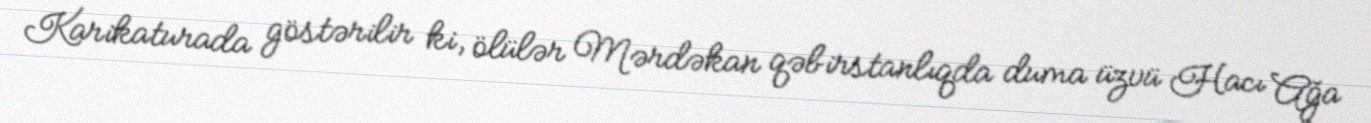
Karikaturada göstərilir ki, ölülər Mərdəkan qəbirstanlıqda duma üzvü Hacı Ağa